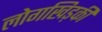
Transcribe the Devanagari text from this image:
लोगखिड़की